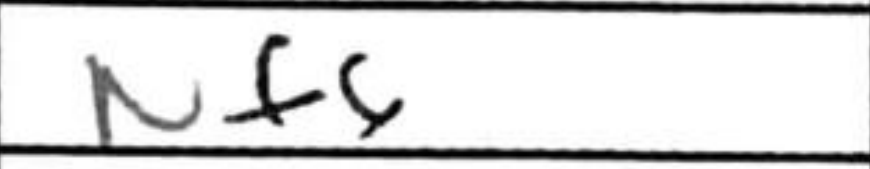
Transcription: Nf6